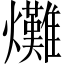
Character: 𤓌